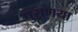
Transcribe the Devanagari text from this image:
पुराणया